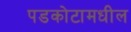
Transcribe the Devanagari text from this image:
पडकोटामधील